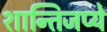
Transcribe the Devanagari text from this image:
शान्तिजप्ये